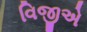
વિજીએ